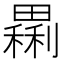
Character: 𤳝